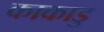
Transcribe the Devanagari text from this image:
काकाडु